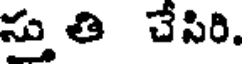
స్తు తి చేసిరి.